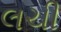
લચી